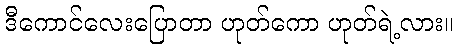
ဒီကောင်လေးပြောတာ ဟုတ်ကော ဟုတ်ရဲ့လား။